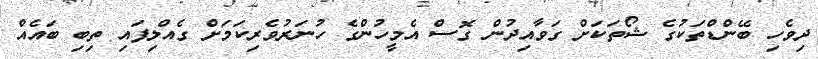
ދިވެހި ބޭންޑްތަކުގެ ޝޯތަކަށް ގަވާއިދުން ގޮސް އެމީހުންގެ ހުނަރުވެރިކަމަށް ގެއްލިފައި ތިބި ބައެއް